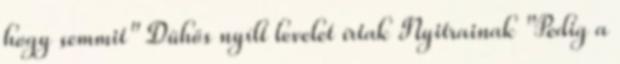
hogy semmit" Dühös nyílt levelet írtak Nyitrainak "Pedig a